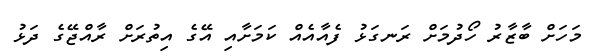
މަހަށް ބާޒާރު ހޯދުމަށް ރަނގަޅު ފެއާއެއް ކަމަށާއި އޭގެ އިތުރަށް ރާއްޖޭގެ ދަޅު